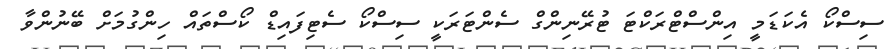
ސިސްކޯ އެކަޑަމީ އިންސްޓްރަކްޓަ ޓުރޭނިންގް ސެންޓަރަކީ ސިސްކޯ ސެޓިފައިޑް ކޯސްތައް ހިންގުމަށް ބޭނުންވާ